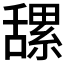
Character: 𦧲